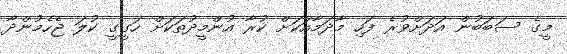
މީގެ ސަބަބުން އަދަށްވުރެ ފަހި މާދަމާއަކަށް ކުރާ އުންމީދުތަކަށް ހަގީގީ ކުލަ ޖެހެމުންދާ